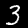
Label: 3